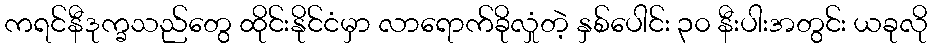
ကရင်နီဒုက္ခသည်တွေ ထိုင်းနိုင်ငံမှာ လာရောက်ခိုလှုံတဲ့ နှစ်ပေါင်း ၃၀ နီးပါးအတွင်း ယခုလို